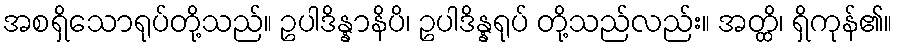
အစရှိသောရုပ်တို့သည်။ ဥပါဒိန္နာနိပိ၊ ဥပါဒိန္နရုပ် တို့သည်လည်း။ အတ္ထိ၊ ရှိကုန်၏။